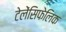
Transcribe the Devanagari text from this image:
टेलेंसिफेलिक